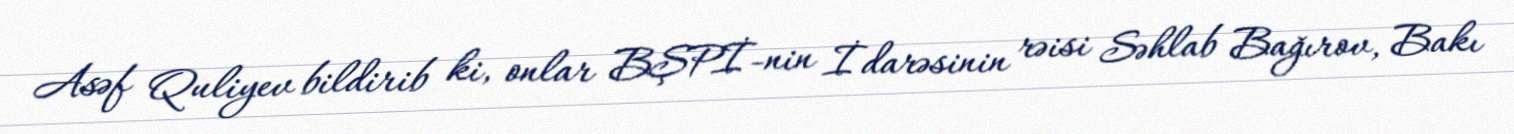
Asəf Quliyev bildirib ki, onlar BŞPİ-nin İdarəsinin rəisi Səhlab Bağırov, Bakı